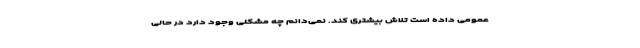
عمومی داده است تلاش بیشتری کند. نمی‌دانم چه مشکلی وجود دارد در حالی